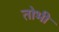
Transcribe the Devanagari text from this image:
तोभी